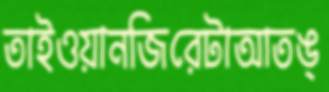
তাইওয়ানজিরেটাআতঙ্